Scottish Leaving Certificate Examination, 1951
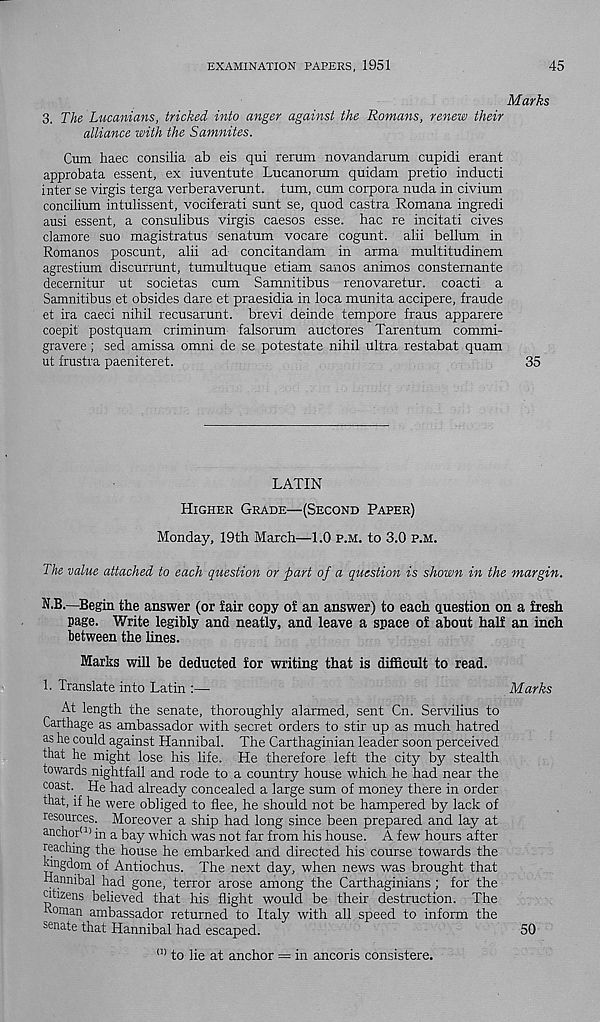
EXAMINATION PAPERS, 1951
45
Marks
3, The Lucanians, tricked into anger against the Romans, renew their
alliance with the Samnites.
Cum haec consilia ab eis qui rerum novandarum cupidi erant
approbata essent, ex iuventute Lucanorum quidam pretio induct!
inter se virgis terga verberaverunt. turn, cum corpora nuda in civium
concilium intulissent, vociferati sunt se, quod castra Romana ingredi
ausi essent, a consulibus virgis caesos esse, hac re incitati cives
damore suo magistratus senatum vocare cogunt. alii bellum in
Romanos poscunt, alii ad concitandam in arma multitudinem
agrestium discurrunt, tumultuque etiam sanos animos constemante
decemitur ut societas cum Sanmitibus renovaretur. coacti a
Samnitibus et obsides dare et praesidia in loca munita accipere, fraude
et ira caeci nihil recusarunt. brevi deinde tempore fraus apparere
coepit postquam criminum falsorum auctores Tarentum commi-
gravere; sed amissa omni de se potestate nihil ultra restabat quam
ut frustra paeniteret.
35
LATIN
Higher Grade—(Second Paper)
Monday, 19th March—1.0 p.m. to 3.0 p.m.
The value attached to each question or part of a question is shown in the margin.
N.B.—Begin the answer (or fair copy of an answer) to each question on a fresh
page. Write legibly and neatly, and leave a space of about half an inch
between the lines.
Marks will be deducted for writing that is difficult to read.
1. Translate into Latin :—
Marks
At length the senate, thoroughly alarmed, sent Cn. Servilius to
Carthage as ambassador with secret orders to stir up as much hatred
as he could against Hannibal. The Carthaginian leader soon perceived
that he might lose his life. He therefore left the city by stealth
towards nightfall and rode to a country house which he had near the
coast. He had already concealed a large sum of money there in order
that, if he were obliged to flee, he should not be hampered by lack of
resources. Moreover a ship had long since been prepared and lay at
anchor 111 in a bay which was not far from his house. A few hours after
reaching the house he embarked and directed his course towards the
jhngdom of Antiochus. The next day, when news was brought that
Hannibal had gone, terror arose among the Carthaginians; for the
citizens believed that his flight would be their destruction. The
Roman ambassador returned to Italy with all speed to inform the
senate that Hannibal had escaped.
01 to lie at anchor = in ancoris consistere.
50